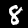
Digit: 8